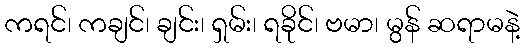
ကရင်၊ ကချင်၊ ချင်း၊ ရှမ်း၊ ရခိုင်၊ ဗမာ၊ မွန် ဆရာမနဲ့